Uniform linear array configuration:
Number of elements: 32
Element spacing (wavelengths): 0.5
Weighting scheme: uniform
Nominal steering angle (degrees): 60
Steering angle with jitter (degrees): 60.319
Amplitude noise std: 0.05
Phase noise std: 0.05

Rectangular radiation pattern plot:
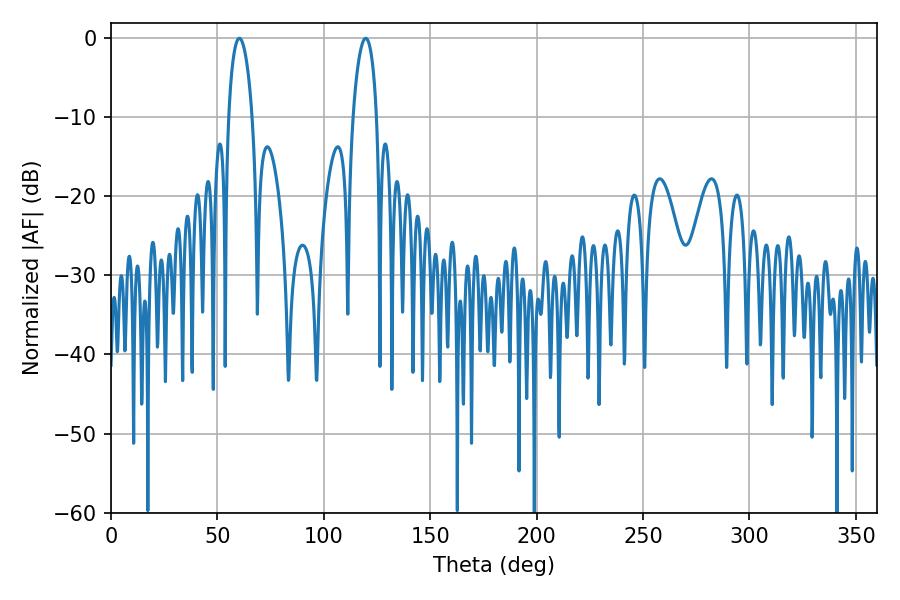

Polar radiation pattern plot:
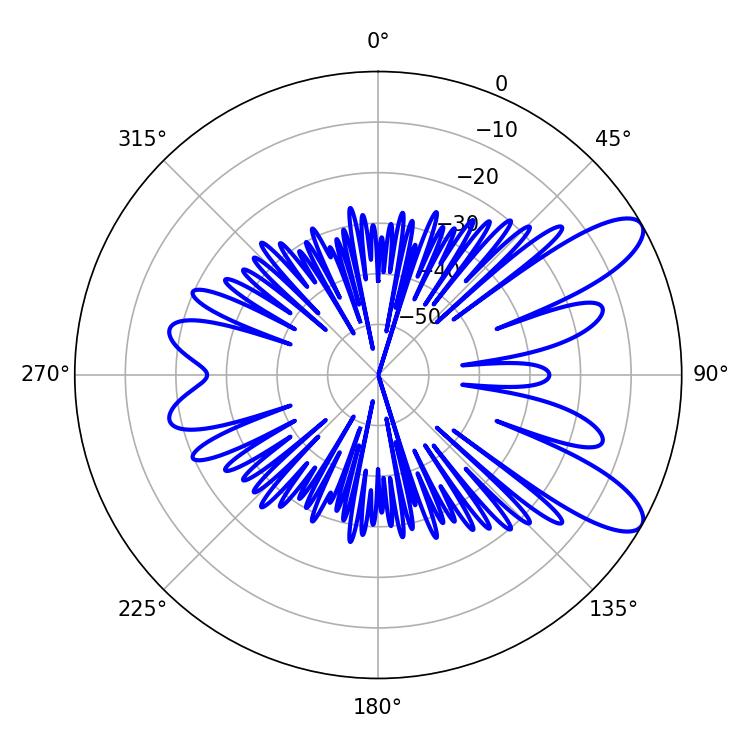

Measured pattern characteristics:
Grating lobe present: FALSE
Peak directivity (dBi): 9.806
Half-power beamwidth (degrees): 6.48
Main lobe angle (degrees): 60.3